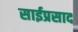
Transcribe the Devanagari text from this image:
साईप्रसाद